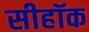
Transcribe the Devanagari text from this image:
सीहॉक